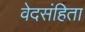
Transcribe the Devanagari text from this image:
वेदसंहिता